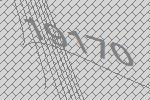
19170